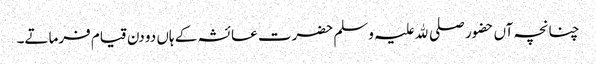
چنانچہ آں حضور صلی ﷲ علیہ وسلم حضرت عائشہ کے ہاں دو دن قیام فرماتے۔